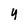
Character: 4